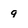
Character: 9